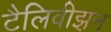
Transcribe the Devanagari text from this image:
टैलिवीझ़न